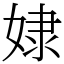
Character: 𡝯